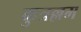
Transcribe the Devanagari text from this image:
कुत्रल्लम